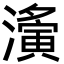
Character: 濥